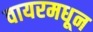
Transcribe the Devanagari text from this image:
वायरमधून